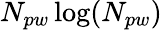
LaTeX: N_{pw}\log(N_{pw})